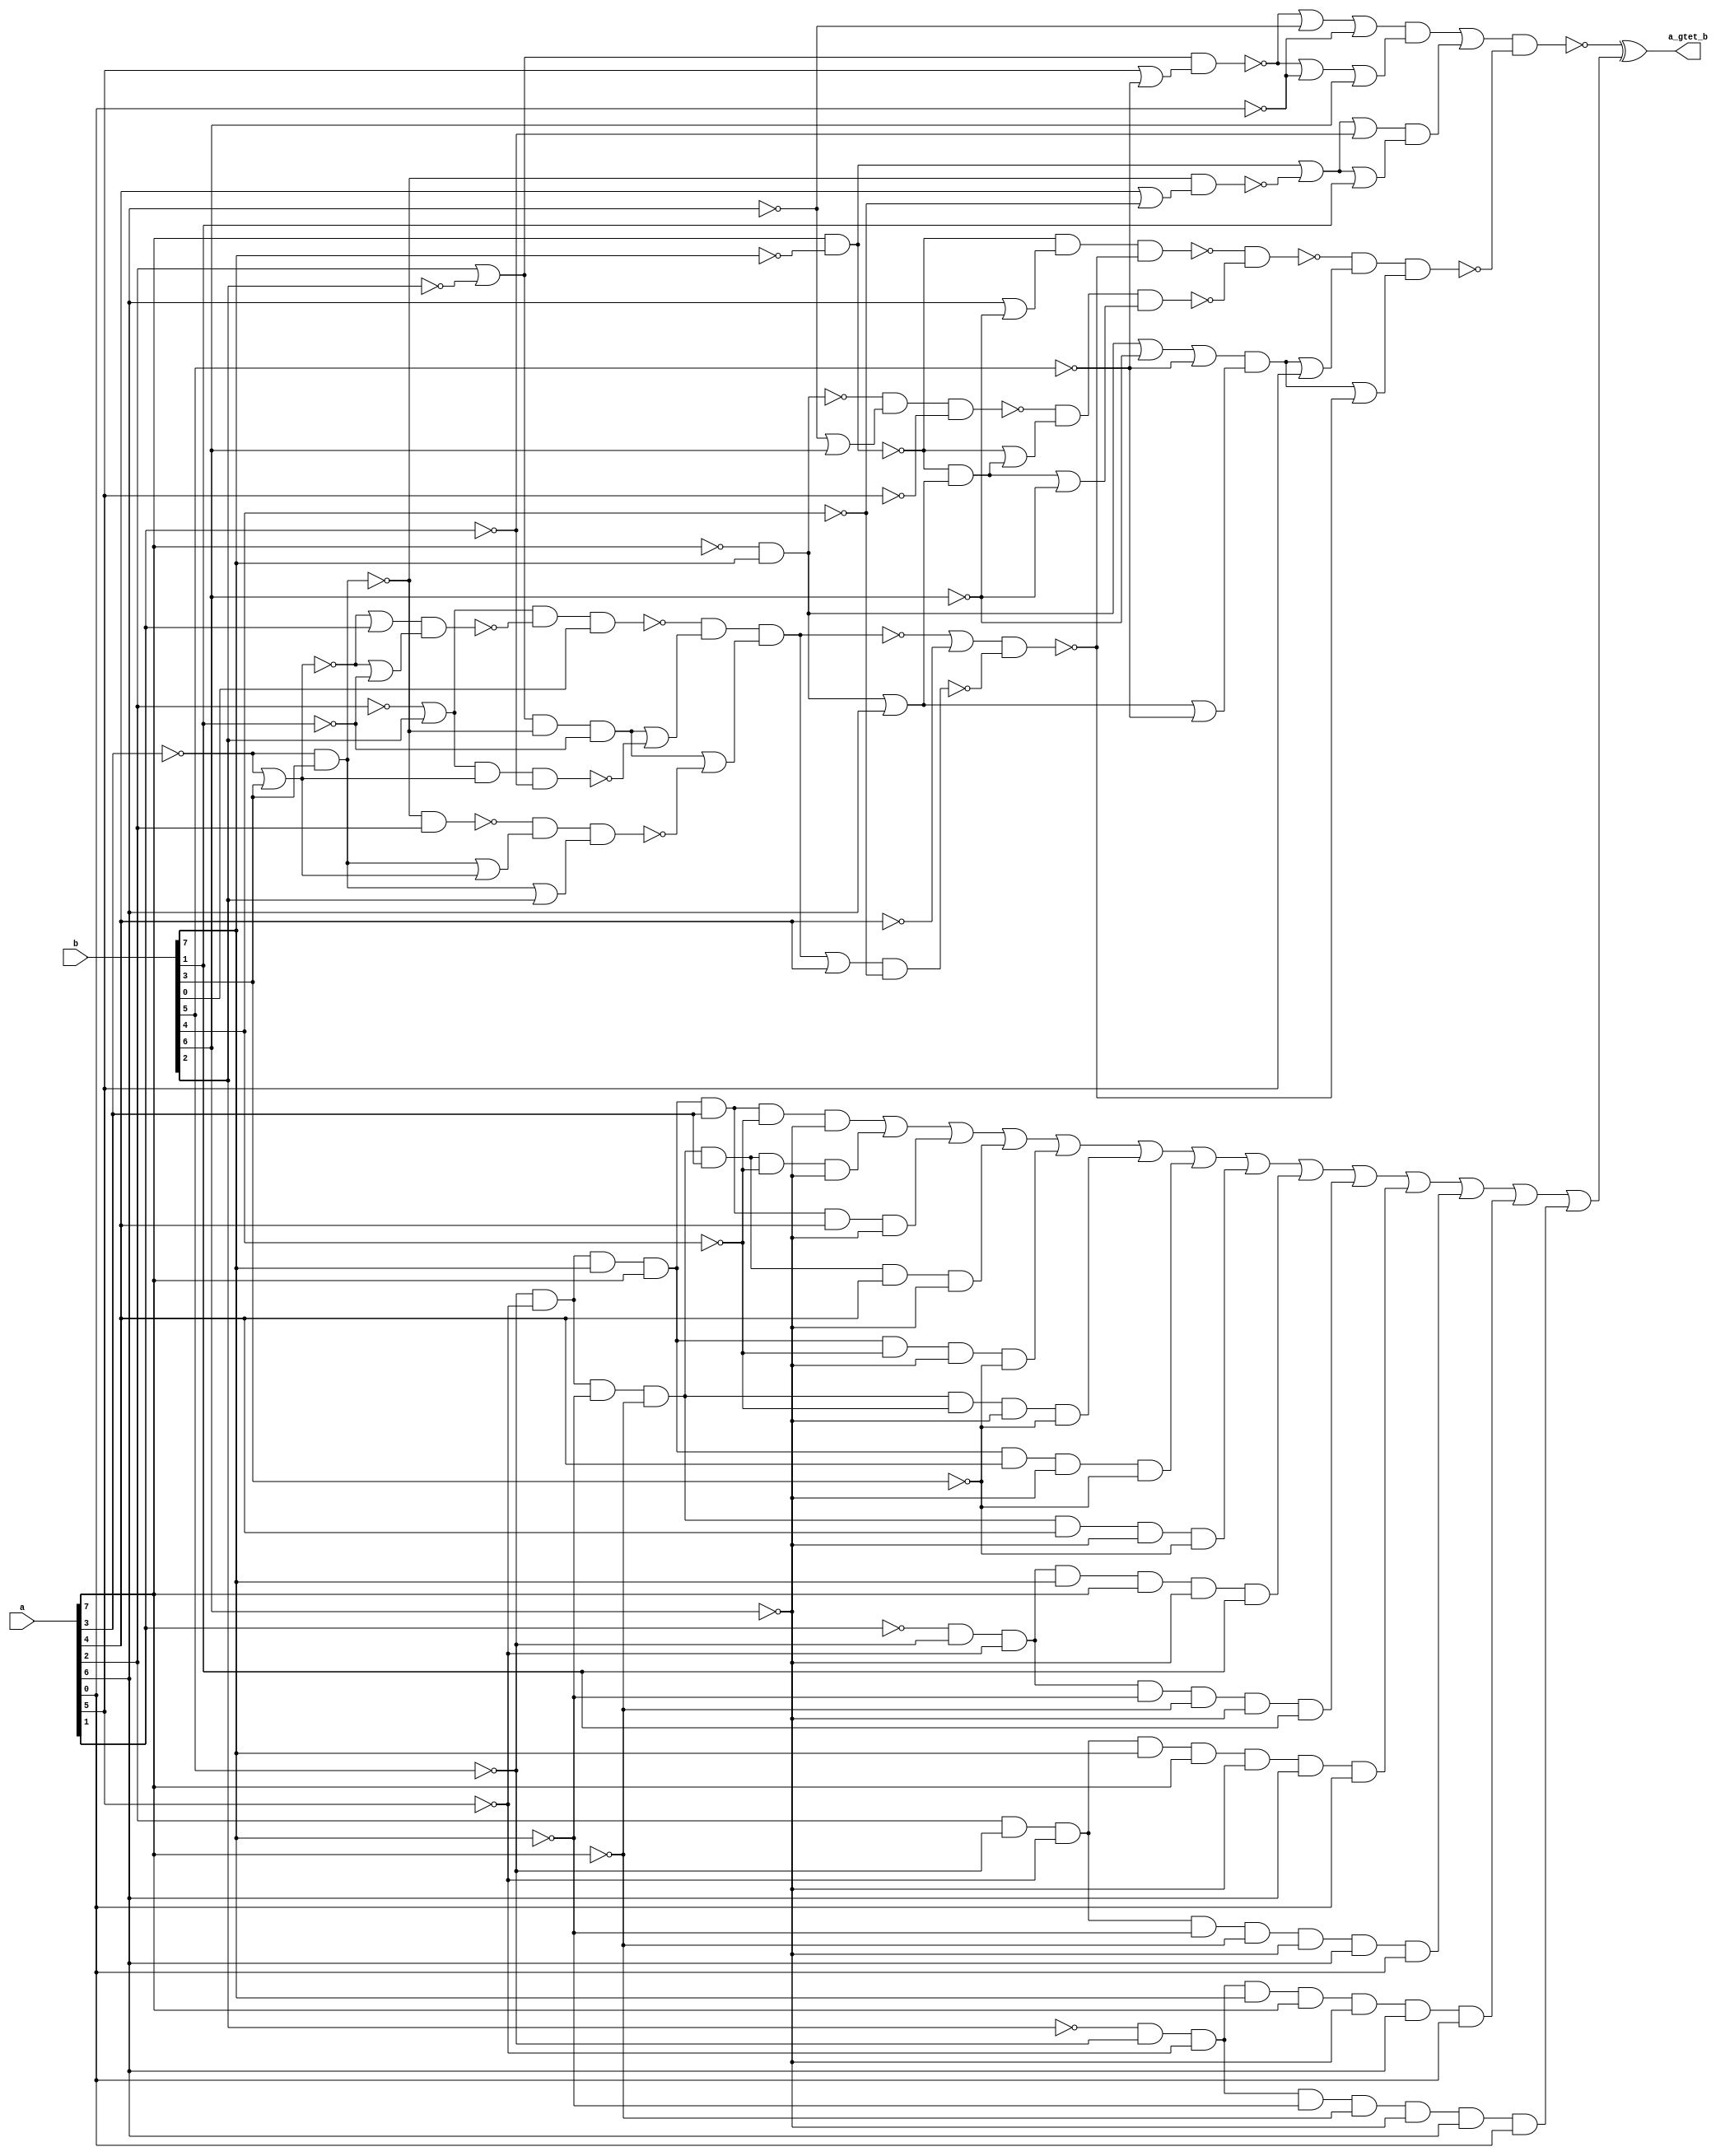
module test_8(a_gtet_b,a,b);
	input [7:0]a, b;
	output a_gtet_b;
	wire [7:0]a, b;
	wire a_gtet_b, n_8, n_13, n_43, n_52, n_59, n_64, n_67, n_149, n_156, n_158, n_171, n_403, n_407, n_410, n_415, n_425, n_432, n_442, n_443, n_444, n_445, n_446, n_447, n_448, n_449, n_450, n_451, n_452, n_453, n_454, n_455, n_456, n_457, n_458, n_459, n_460, n_461, n_462, n_463, n_464, n_465, n_466, n_467, n_468, n_469, n_470, n_471, n_472, n_473, n_474, n_475, n_476, n_477, n_478, n_479, n_480, n_481, n_482, n_483, n_484, n_485, n_486, n_487, n_488, n_489, n_490, n_491, n_492, n_493, n_494, n_495, n_496, n_497, n_498, n_499, n_500, n_501, n_502, n_503, n_504, n_505, n_506, n_507, n_508, n_509, n_510, n_511, n_512, n_513, n_514, n_515, n_516, n_517, n_518, n_519, n_520, n_521, n_522, n_523, n_524;
	wire sub_wire0, w_eco0, w_eco1, w_eco2, w_eco3, w_eco4, w_eco5, w_eco6, w_eco7, w_eco8, w_eco9, w_eco10, w_eco11, w_eco12, w_eco13, w_eco14;

	not g468(n_442, a[2]);
	not g469(n_443, a[1]);
	not g470(n_444, b[2]);
	not g471(n_445, b[5]);
	not g472(n_446, a[5]);
	not g473(n_447, b[7]);
	not g474(n_448, a[7]);
	not g475(n_449, a[3]);
	not g476(n_450, b[4]);
	not g477(n_451, a[4]);
	not g478(n_452, b[6]);
	not g479(n_453, a[6]);
	not g480(n_454, b[1]);
	not g481(n_455, a[0]);
	nand g482(n_8, n_449, b[3]);
	nand g47(n_52, n_8, a[2]);
	not g483(n_456, n_8);
	nand g484(n_13, a[7], n_447);
	not g485(n_457, n_13);
	nor g486(n_458, a[6], n_452);
	not g487(n_459, n_458);
	nor g488(n_407, n_442, b[2]);
	not g489(n_460, n_407);
	nor g490(n_43, n_449, b[3]);
	nor g133(n_158, n_43, a[1]);
	not g491(n_461, n_43);
	not g492(n_462, n_158);
	nor g493(n_463, n_43, n_454);
	not g494(n_464, n_463);
	nand g495(n_465, n_462, n_464);
	nand g496(n_466, n_460, n_465, b[0]);
	nor g497(n_403, a[2], n_444);
	not g498(n_467, n_403);
	nand g499(n_410, n_467, n_8, n_454);
	not g500(n_468, n_410);
	nand g501(n_469, n_460, n_461, n_443);
	nor g502(n_470, n_468, n_469);
	not g503(n_471, n_470);
	nor g504(n_472, n_456, n_461);
	not g505(n_473, n_472);
	nor g506(n_474, n_456, b[2]);
	not g507(n_475, n_474);
	nand g508(n_476, n_52, n_473, n_475);
	nor g509(n_477, n_468, n_476);
	not g510(n_478, n_477);
	nand g511(n_59, n_466, n_471, n_478);
	not g512(n_479, n_59);
	nor g513(n_480, n_59, n_451);
	not g514(n_481, n_480);
	nor g515(n_482, n_479, a[4]);
	not g516(n_483, n_482);
	nand g517(n_484, n_483, n_450);
	nand g518(n_64, n_481, n_484);
	nand g519(n_485, n_13, n_459, n_64);
	nand g520(n_67, n_448, b[7]);
	not g521(n_486, n_67);
	nor g522(n_487, n_453, b[6]);
	not g523(n_488, n_487);
	nand g524(n_489, n_67, n_488, n_446);
	nor g525(n_415, n_486, a[6]);
	not g526(n_490, n_415);
	nand g527(n_425, n_13, n_490);
	not g528(n_491, n_425);
	nor g529(n_492, n_13, n_491);
	not g530(n_493, n_492);
	nor g531(n_494, n_491, n_452);
	not g532(n_495, n_494);
	nand g533(n_496, n_489, n_493, n_495);
	nand g58(n_149, n_485, n_496);
	nor g534(n_497, a[5], n_445);
	not g535(n_498, n_497);
	nand g536(n_156, n_467, n_498);
	nor g537(n_499, n_156, n_453, n_455);
	not g538(n_500, n_499);
	nor g539(n_501, n_156, n_455, b[6]);
	not g540(n_502, n_501);
	nand g541(n_503, n_500, n_502);
	not g542(n_504, n_503);
	nor g543(n_505, a[4], n_450);
	not g544(n_506, n_505);
	nand g545(n_171, n_8, n_506);
	nor g546(n_507, n_457, n_171, n_443);
	not g547(n_508, n_507);
	nor g548(n_509, n_457, n_171, b[1]);
	not g549(n_510, n_509);
	nand g550(n_511, n_508, n_510);
	not g551(n_512, n_511);
	nor g552(n_513, n_504, n_512);
	not g553(n_514, n_513);
	nor g554(n_515, n_486, n_452, n_445);
	not g555(n_516, n_515);
	nor g556(n_517, n_490, n_445);
	not g557(n_518, n_517);
	nand g558(n_432, n_516, n_518);
	not g559(n_519, n_432);
	nor g560(n_520, n_519, a[5]);
	not g561(n_521, n_520);
	nor g562(n_522, n_519, n_64);
	not g563(n_523, n_522);
	nand g564(n_524, n_149, n_521, n_523);
	nand g565(sub_wire0, n_514, n_524);
	and _ECO_0(w_eco0, !b[5], !a[5], b[7], a[7], a[3], !b[4], !b[6]);
	and _ECO_1(w_eco1, !b[5], !a[5], !b[7], !a[7], a[3], !b[4], !b[6]);
	and _ECO_2(w_eco2, !b[5], !a[5], b[7], a[7], a[3], a[4], !b[6]);
	and _ECO_3(w_eco3, !b[5], !a[5], !b[7], !a[7], a[3], a[4], !b[6]);
	and _ECO_4(w_eco4, !b[5], !a[5], b[7], a[7], !b[4], !b[6], !b[3]);
	and _ECO_5(w_eco5, !b[5], !a[5], !b[7], !a[7], !b[4], !b[6], !b[3]);
	and _ECO_6(w_eco6, !b[5], !a[5], b[7], a[7], a[4], !b[6], !b[3]);
	and _ECO_7(w_eco7, !b[5], !a[5], !b[7], !a[7], a[4], !b[6], !b[3]);
	and _ECO_8(w_eco8, !a[1], !b[5], !a[5], b[7], a[7], !b[6], b[1]);
	and _ECO_9(w_eco9, !a[1], !b[5], !a[5], !b[7], !a[7], !b[6], b[1]);
	and _ECO_10(w_eco10, a[2], !b[5], !a[5], b[7], a[7], !b[6], a[6], a[0]);
	and _ECO_11(w_eco11, a[2], !b[5], !a[5], !b[7], !a[7], !b[6], a[6], a[0]);
	and _ECO_12(w_eco12, !b[2], !b[5], !a[5], b[7], a[7], !b[6], a[6], a[0]);
	and _ECO_13(w_eco13, !b[2], !b[5], !a[5], !b[7], !a[7], !b[6], a[6], a[0]);
	or _ECO_14(w_eco14, w_eco0, w_eco1, w_eco2, w_eco3, w_eco4, w_eco5, w_eco6, w_eco7, w_eco8, w_eco9, w_eco10, w_eco11, w_eco12, w_eco13);
	xor _ECO_out0(a_gtet_b, sub_wire0, w_eco14);

endmodule